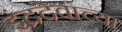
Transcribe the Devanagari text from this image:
इंद्रदेवाच्या